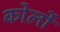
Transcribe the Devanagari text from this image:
कोर्लो